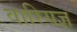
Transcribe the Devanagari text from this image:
वारियज्ञ